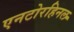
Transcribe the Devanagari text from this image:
एनटोरहिनल